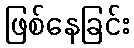
ဖြစ်နေခြင်း